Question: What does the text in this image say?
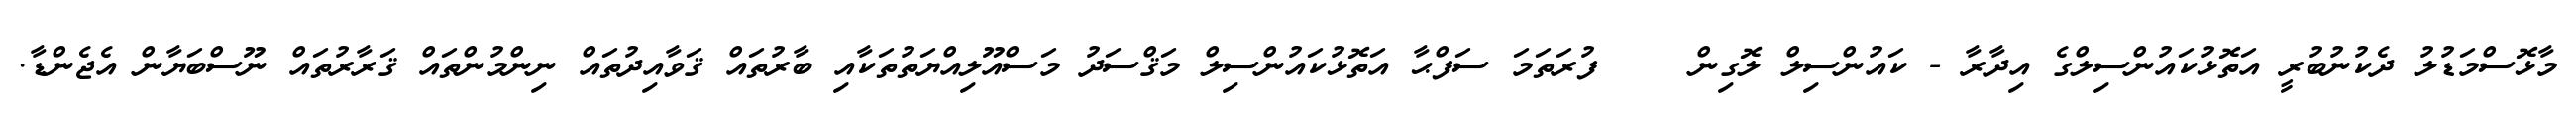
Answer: މާޅޮސްމަޑުލު ދެކުނުބުރީ އަތޮޅުކައުންސިލްގެ އިދާރާ - ކައުންސިލް ލޮގިން ? ? ފުރަތަމަ ސަފްޙާ އަތޮޅުކައުންސިލް މަޤްސަދު މަސްއޫލިއްޔަތުތަކާއި ބާރުތައް ޤަވާއިދުތައް ނިންމުންތައް ޤަރާރުތައް ނޫސްބަޔާން އެޖެންޑާ.